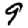
Digit: 9